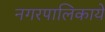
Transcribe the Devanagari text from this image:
नगरपालिकायें